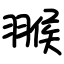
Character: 翭